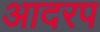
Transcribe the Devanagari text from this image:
आदरप